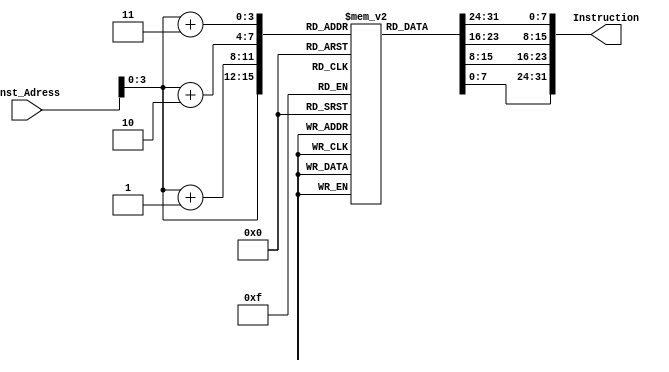
module Instruction_memory(
input [63:0] Inst_Adress,
output reg [31:0] Instruction
);

reg [7:0]Array[11:0]; 
  initial 
    begin 
        

        Array[0] =8'b10110011; 
        Array[1] =8'b00000001; 
        Array[2] =8'b01010010; 
        Array[3] =8'b00000000; 

        Array[4] =8'b00110011; 
        Array[5] =8'b00000001; 
        Array[6] =8'b01110011; 
        Array[7] =8'b00000000; 

        Array[8] =8'b10110011; 
        Array[9] =8'b00000100; 
        Array[10] =8'b01010101; 
        Array[11] =8'b00000000; 

    end 



always @ (Inst_Adress)
begin
	
	Instruction={Array[Inst_Adress+3],Array[Inst_Adress+2], Array[Inst_Adress+1],Array[Inst_Adress]};
end
endmodule